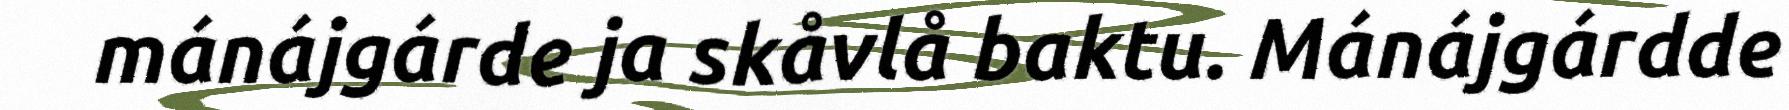
mánájgárde ja skåvlå baktu. Mánájgárdde